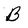
Character: B